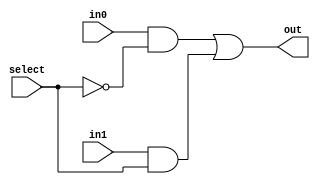
module bit1_mux_2to1(input in0, in1, select, output out);
    assign out = (in0 & ~select) | (in1 & select);
endmodule

module bit32_mux_2to1(input [31:0] in0, in1, input select, output [31:0] out);
    genvar i;
    for (i = 0; i < 32; i = i + 1)
        bit1_mux_2to1 bit32_mux(in0[i], in1[i], select, out[i]);
endmodule

module bit32_mux_4to1(input [31:0] in0, in1, in2, in3, input [1:0] select, output [31:0] out);
    wire [31:0] temp0, temp1;
    bit32_mux_2to1 mux0(in0, in1, select[0], temp0);
    bit32_mux_2to1 mux1(in2, in3, select[0], temp1);

    bit32_mux_2to1 mux_final(temp0, temp1, select[1], out);
endmodule

module bit32_and(input [31:0] in0, in1, output [31:0] out);
    assign out = in0 & in1;
endmodule

module bit32_or(input [31:0] in0, in1, output [31:0] out);
    assign out = in0 | in1;
endmodule
module bit32_not(input [31:0] in, output [31:0] out);
    assign out = ~in;
endmodule


module bit32_fa(input [31:0] in0, in1, input Cin, output [31:0] sum, output Cout);
    assign {Cout, sum} = in0 + in1 + Cin;
endmodule

// Should it have Cout as output, or just overflow bit directly?
/* operation:
 * 00 = AND
 * 01 = OR
 * 10 = ADD
 * 11 = SUB
*/
module ALU(input [31:0] a, b, input [1:0] operation, output [31:0] result, output Cout);
    assign Binvert = operation[1] & operation[0];
    assign Cin = Binvert;
    wire [31:0] not_b, b_fa_input, out_and, out_or, out_fa;

    bit32_not notb(b, not_b);
    bit32_mux_2to1 bmux(b, not_b, Binvert, b_fa_input);

    bit32_and and32(a, b, out_and);
    bit32_or or32(a, b, out_or);
    bit32_fa fa32(a, b_fa_input, Cin, out_fa, Cout);

    bit32_mux_4to1 final(out_and, out_or, out_fa, out_fa, operation, result);
endmodule

module testbench;
    reg [31:0] a, b;
    reg [1:0] op;
    wire [31:0] out;
    wire Cout;

    ALU test(a, b, op, out, Cout);

    initial begin
        $monitor($time, " a=%x, b=%x, op=%b | result=%x, Cout=%b", a, b, op, out, Cout);
        #0 a=32'ha5a5a5a5; b=32'h5a5a5a5a; op=2'b00; // AND
        #1 op=2'b01; // OR
        #1 op=2'b10; // ADD
        #1 op=2'b11; // SUB
        #1 $finish;
    end
endmodule